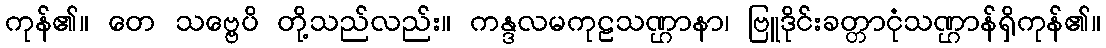
ကုန်၏။ တေ သဗ္ဗေပိ တို့သည်လည်း။ ကန္ဒလမကုဠသဏ္ဌာနာ၊ ဗြူဒိုင်းခတ္တာငုံသဏ္ဌာန်ရှိကုန်၏။